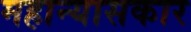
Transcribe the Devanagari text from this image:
महान्यासकार